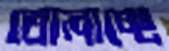
তোলাচ্ছে